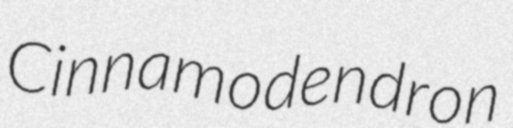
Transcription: Cinnamodendron